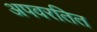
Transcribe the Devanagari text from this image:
अपवरतित